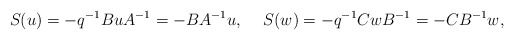
\begin{align*}S(u)=-q^{-1}BuA^{-1}=-BA^{-1}u,\hspace{5mm} S(w)=-q^{-1}CwB^{-1}=-CB^{-1}w,\end{align*}